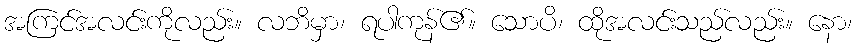
အကြင်အလင်းကိုလည်း။ လဘိမှာ၊ ရပါကုန်၏။ သောပိ၊ ထိုအလင်းသည်လည်း။ နော၊